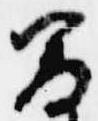
男